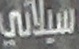
سيلاني